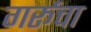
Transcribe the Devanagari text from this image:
गर्रूचा